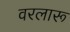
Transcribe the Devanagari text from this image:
वरलारू